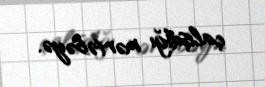
çalışdığı mərtəbəyə.